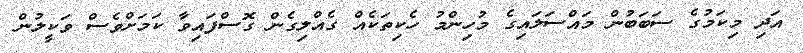
އަދި މިކަމުގެ ސަބަބުން މައްސަލައިގެ މުހިންމު ހެކިތަކެއް ގެއްލިގެން ގޮސްފައިވާ ކަމަށްވެސް ވަކީލުން